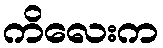
ကိလေးက